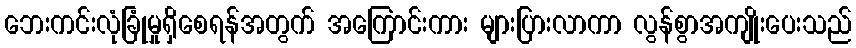
ဘေးကင်းလုံခြုံမှုရှိစေရန်အတွက် အကြောင်းကား များပြားလာကာ လွန်စွာအကျိုးပေးသည်